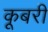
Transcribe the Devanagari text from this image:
कूबरी